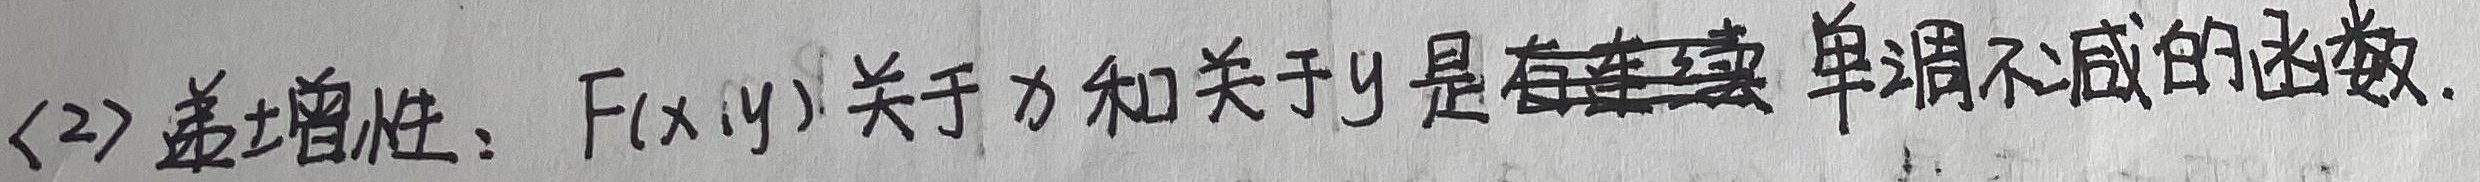
<2> 单调性：\(F(x,y)\)关于\(x\)和关于\(y\)是单调不减的函数。